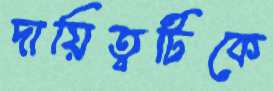
দায়িত্বটিকে